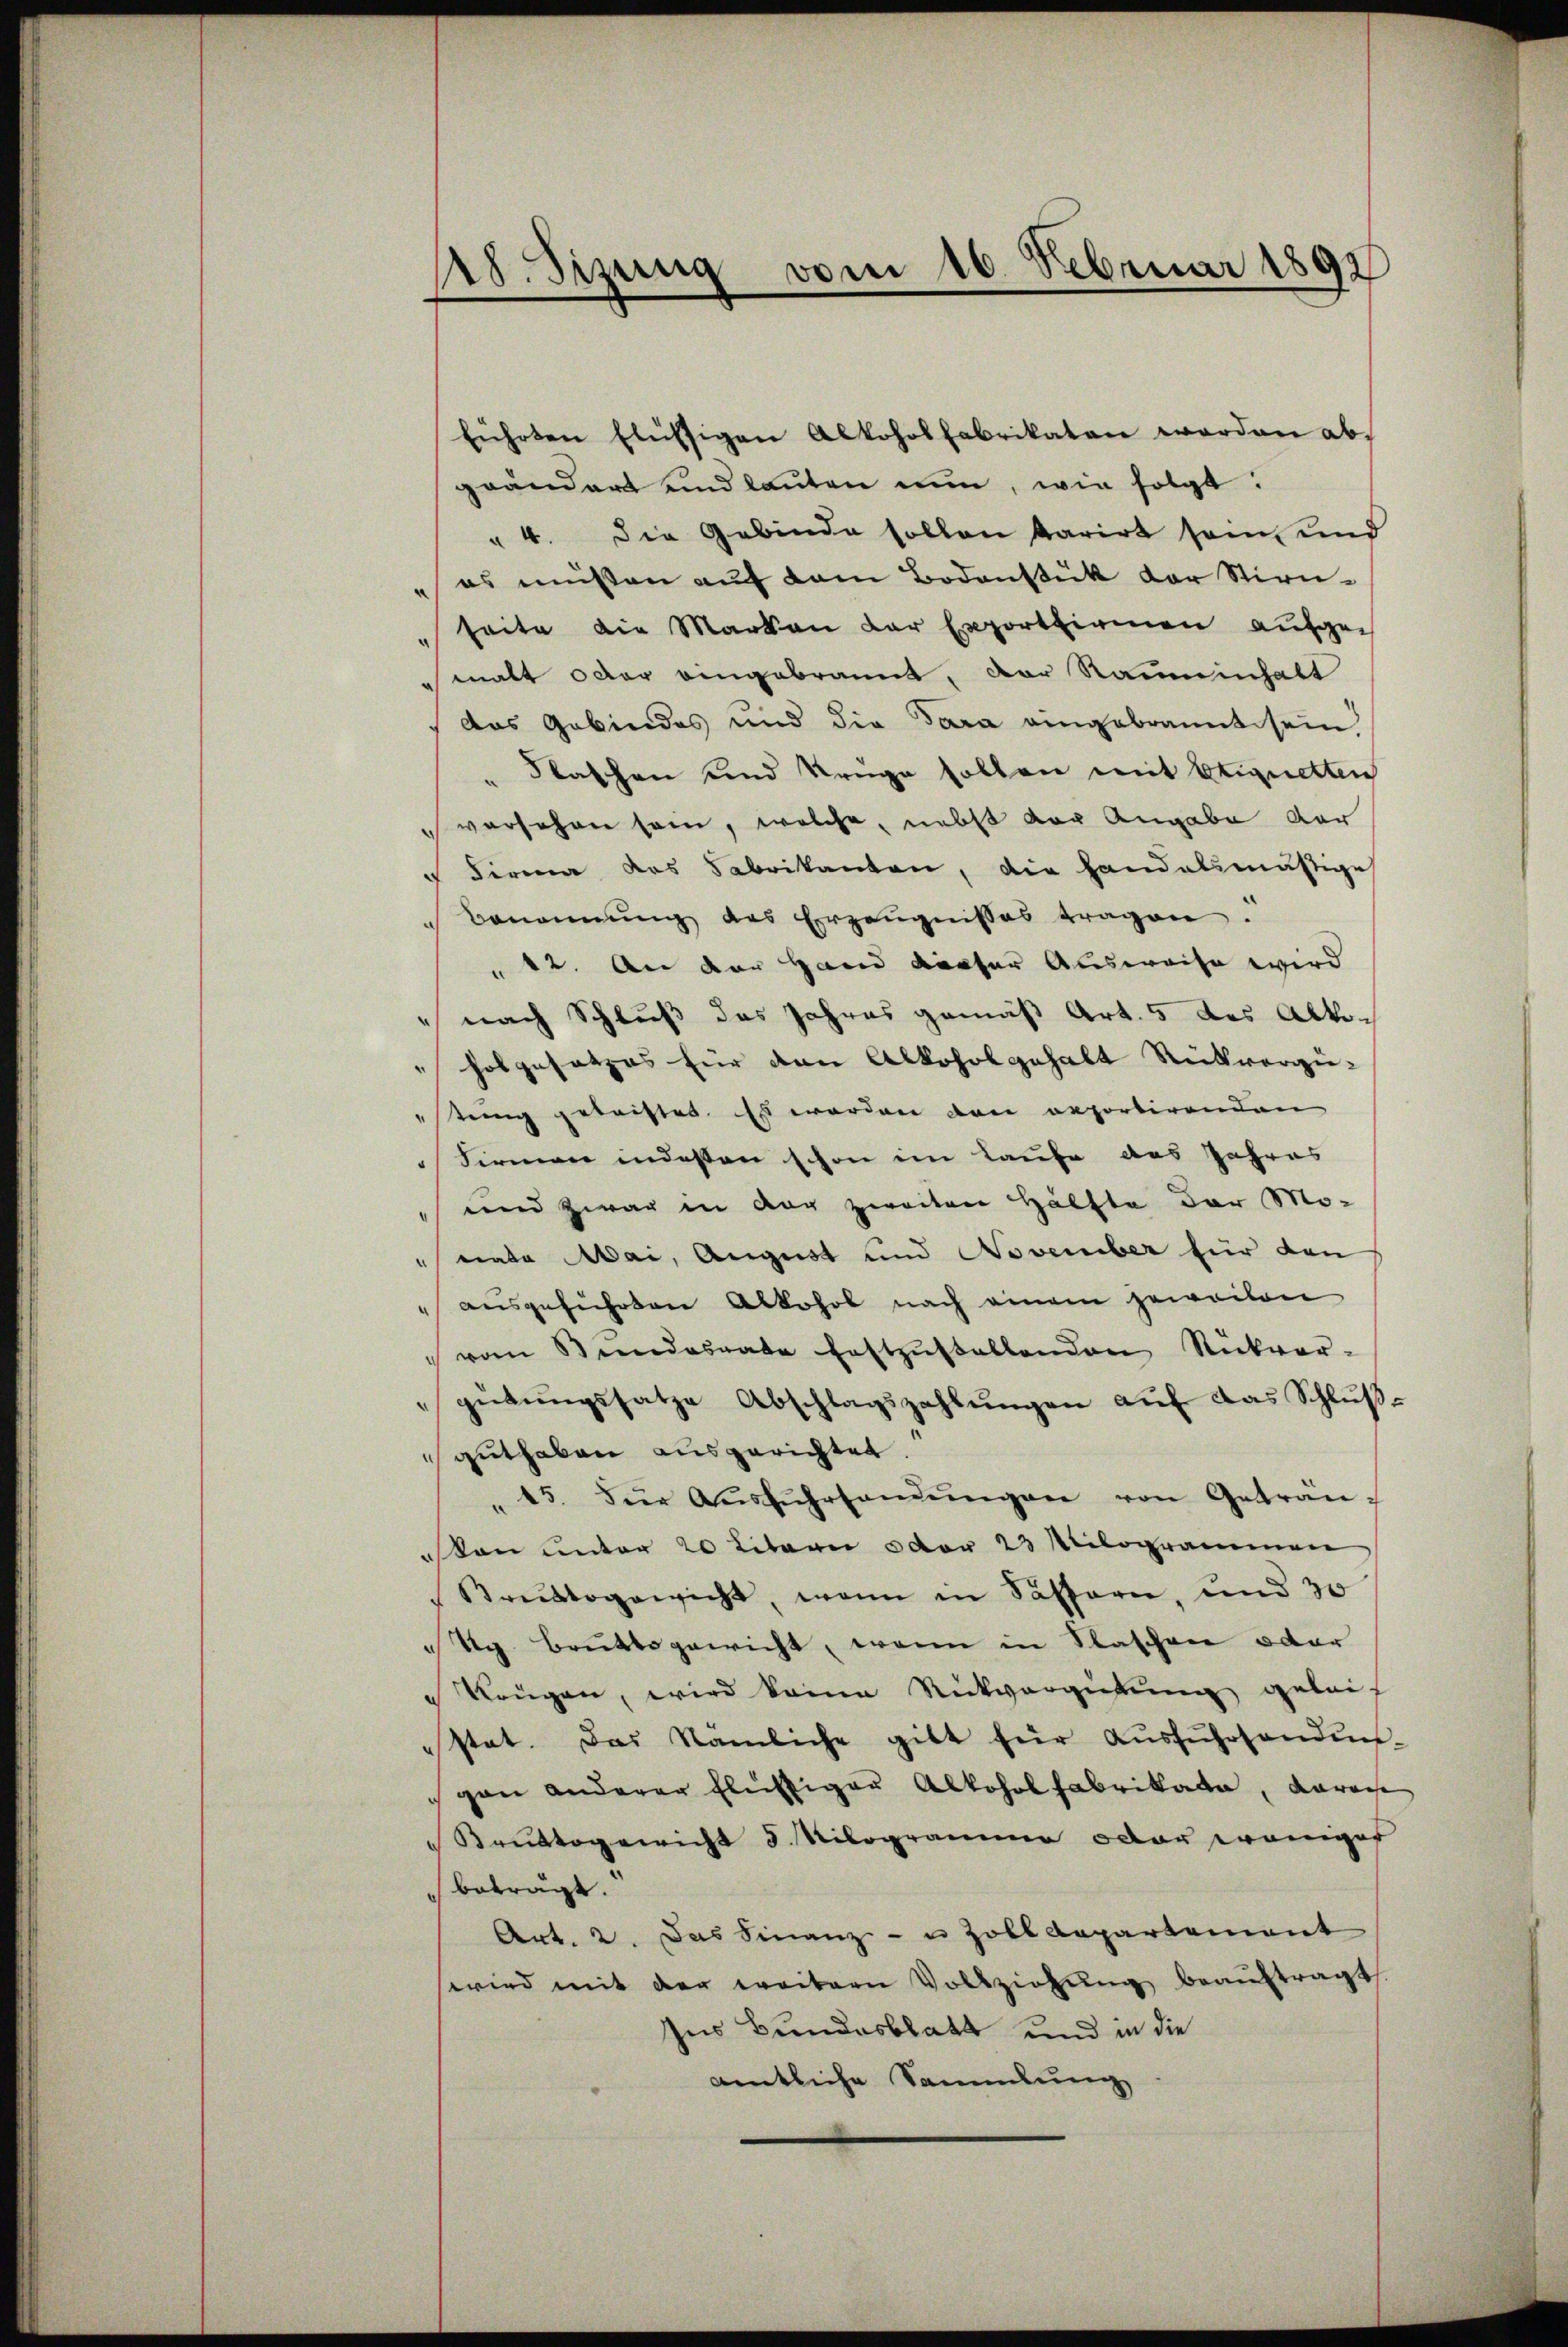
führten Flüssigen Alkoholfabrikaten worden ab,
geändert und lauten nun, wie folgt:
" 4. Die Gebinde sollen karirt sein und
es müssen auf dem Bodenstück der Stirn
seite die Marken der Exportirmen aufgemalt oder eingebrannt, der Rammenhalt
das Gebindes und die Sara eingebrannt sein
"Slaschen und Krüge sollen mit Eignetten
 versehen sein, welche, nebst vor Angabe dar
 Firma das Sabrikanton, die Handalsmäßige
Benonnŭng des Erzeŭgnisses tragen.
 12. An der Hand darser Ausweise wird
" nach Schluß das Jahres gemäß Art. 5 des Abko¬
" Folgesetzes für den Alkohol gehalt Rückvergü-
"stung gebachtet. Es worden den reportirenden
Sirmen indessen schon im Laufe aus Jahres
und zwar in der zweiten Hälfte der Mo-
nate Mai, August und November für den
ausgeführten Alkohol nach einem jeweiten
" vom Sendesrate festzŭstellenden Rückvor-
gütŭngssatze Abschlagszahlŭngen aŭf das Schlŭβ-
guthaben ausgerichtet.
"15. Für Aŭsfŭhrhandŭngen von Getrau
ston unter 20 litarii oder 23 Milogrammen
Bruttogewicht, wenn in Sassern, und 30
tg Bruttogewicht, wenn in Staschen oder
 Neugen, wird keine Rückvergiebung geleistet. Das Nämliche gibt für Aŭsfŭhrhanden-
gan anderer fluftiger Alkohol Fabrikada, darau
Bruttogericht 5. Nilogramm oder weniger
beträgt.
Art. 2. Das Finanz- u Zolldepartement
wird mit der weitern Vollziehŭng beaŭftragt.
Ins Bundesblatt und in die
amtliche Sammlung,

8. Sizung vom 16. Februar 1892
1